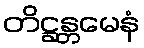
တိဋ္ဌန္တမေနံ